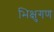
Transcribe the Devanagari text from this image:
भिक्षुगण